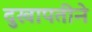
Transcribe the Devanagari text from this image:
दुखापतीने